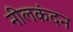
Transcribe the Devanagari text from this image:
नीलकंदन